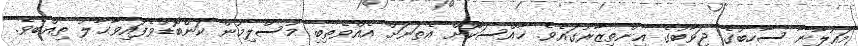
މައުލާނާ ސާހިބުގެ ޖަވާބުގެ އިންތިޒާރުގައެވެ. ޚާއްސަކޮށް އެތަނަށް އެއްވެތިބި މުސްލިމުން ކަންބޮޑުވެފައިވާޙާލު ތިއްބެވެ.